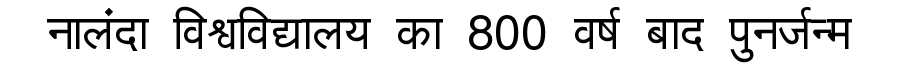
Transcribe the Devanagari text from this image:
नालंदा विश्वविद्यालय का 800 वर्ष बाद पुनर्जन्म